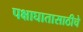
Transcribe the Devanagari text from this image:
पक्षाघातासाठीचे